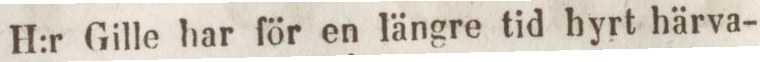
H:r Gille har för en längre tid hyrt härva-